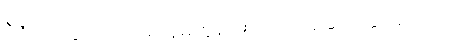
ဒီဇိုင်းတွေကိုလည်း သူမတူအောင် လုပ်ဆောင်နိုင်ခဲ့တယ်။